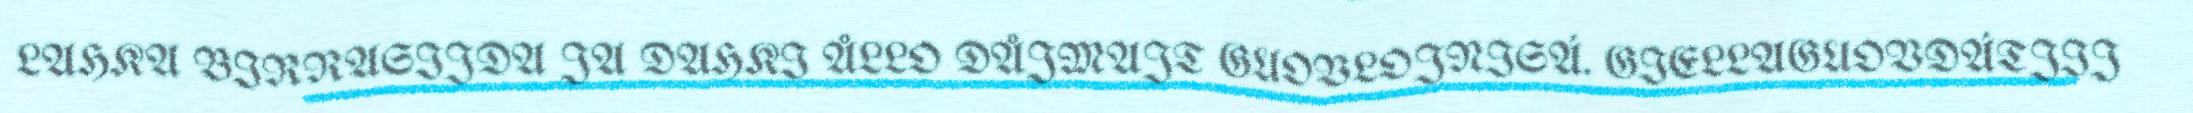
LAHKA BIRRASIJDA JA DAHKI ÅLLO DÅJMAJT GUOVLOJNISÁ. GIELLAGUOVDÁTJIJ